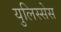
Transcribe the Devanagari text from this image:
युलिस्सेस